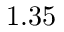
1 . 3 5